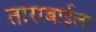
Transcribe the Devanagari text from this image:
ताराबाईला